Scottish Leaving Certificate Examination, 1959
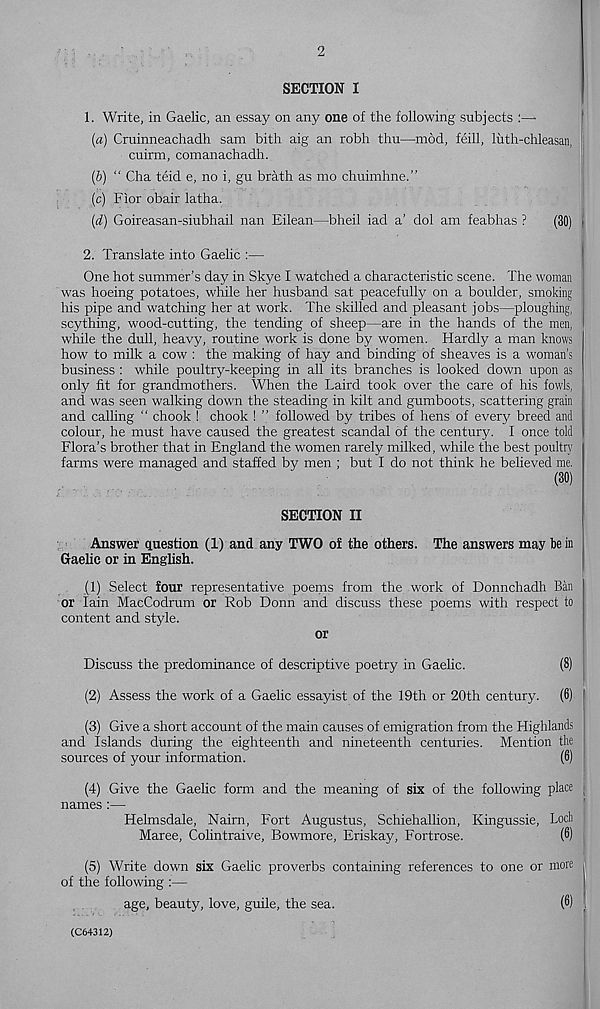
SECTION I
1. Write, in Gaelic, an essay on any one of the following subjects
(а) Cruinneachadh sam bith aig an robh thu—mod, feill, lutli-chleasan,
cuirm, comanachadh.
(б) “ Cha teid e, no i, gu brath as mo chuimhne.”
(c) Fior obair latha.
(d) Goireasan-siubhail nan Eilean—bheil iad a’ dol am feabhas ?
(30)
2. Translate into Gaelic :—
One hot summer’s day in Skye I watched a characteristic scene. The woman
was hoeing potatoes, while her husband sat peacefully on a boulder, smoking
his pipe and watching her at work. The skilled and pleasant jobs—ploughing,
scything, wood-cutting, the tending of sheep—are in the hands of the men,
while the dull, heavy, routine work is done by women. Hardly a man knows
how to milk a cow : the making of hay and binding of sheaves is a woman’s
business : while poultry-keeping in all its branches is looked down upon as
only fit for grandmothers. When the Laird took over the care of his fowls,
and was seen walking down the steading in kilt and gumboots, scattering grain
and calling “ chook ! chook ! ” followed by tribes of hens of every breed and
colour, he must have caused the greatest scandal of the century. I once told
Flora’s brother that in England the women rarely milked, while the best poultry
farms were managed and staffed by men ; but I do not think he believed me.
(30)
SECTION II
Answer question (1) and any TWO of the others. The answers may be in
Gaelic or in English.
(1) Select four representative poems from the work of Donnchadh Ban
or Iain MacCodrum or Rob Bonn and discuss these poems with respect to
content and style.
or
Discuss the predominance of descriptive poetry in Gaelic.
(8)
(2) Assess the work of a Gaelic essayist of the 19th or 20th century. (6)
(3) Give a short account of the main causes of emigration from the Highlands
and Islands during the eighteenth and nineteenth centuries. Mention the
sources of your information.
(6)
(4) Give the Gaelic form and the meaning of six of the following place
names :—
Helmsdale, Nairn, Fort Augustus, Schiehallion, Kingussie, Loch
Maree, Colintraive, Bowmore, Eriskay, Fortrose.
(6)
(5) Write down six Gaelic proverbs containing references to one or more
of the following :—
age, beauty, love, guile, the sea.
(8)
(C64312)